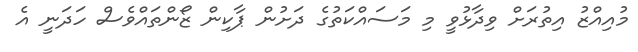
މުއިއްޒު އިތުރަށް ވިދާޅުވީ މި މަސައްކަތުގެ ދަށުން ޕާކިން ޒޯންތައްވެސް ހަދަނީ އެ